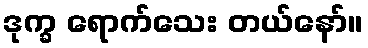
ဒုက္ခ ရောက်သေး တယ်နော်။